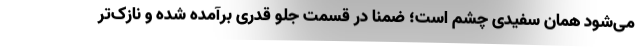
می‌شود همان سفیدی چشم است؛ ضمناً در قسمت جلو قدری برآمده شده و نازک‌تر